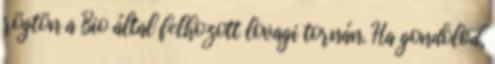
rögtön a Bio által felhozott lovagi tornán. Ha gondolod,